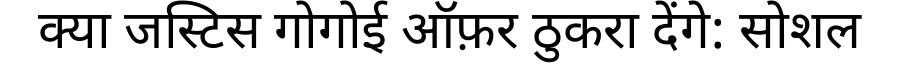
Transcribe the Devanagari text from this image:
क्या जस्टिस गोगोई ऑफ़र ठुकरा देंगे: सोशल